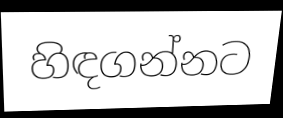
හිඳගන්නට